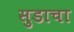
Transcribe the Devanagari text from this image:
सुडाचा